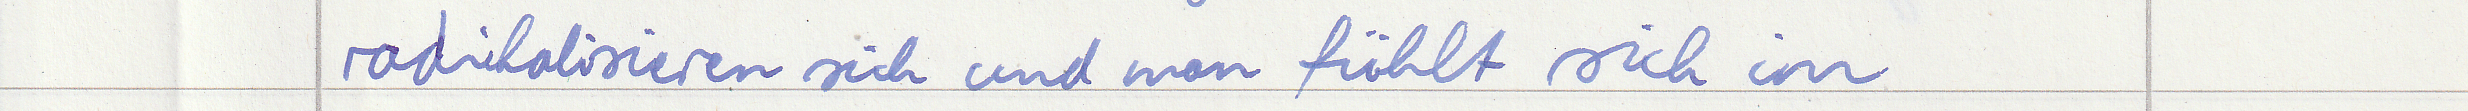
radikalisieren sich und man fühlt sich im